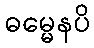
ဓမ္မေနပိ